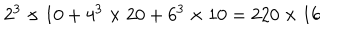
2 ^ { 3 } \times 1 0 + 4 ^ { 3 } \times 2 0 + 6 ^ { 3 } \times 1 0 = 2 2 0 \times 1 6